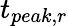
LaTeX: t_{peak,r}